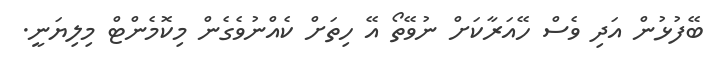
ބޭފުޅުން އަދި ވެސް ހޭއަރާކަށް ނުވޭތޯ އޭ ހިތަށް ކެއްނުވެގެން މިކޮމެންޓް މިލިޔަނީ.